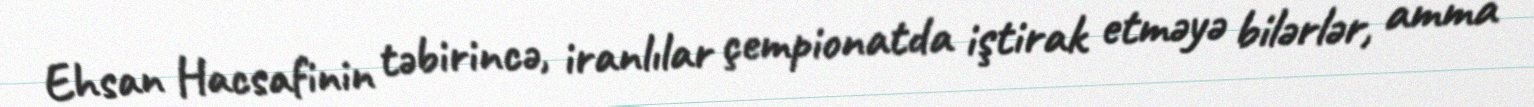
Ehsan Hacsafinin təbirincə, iranlılar çempionatda iştirak etməyə bilərlər, amma